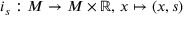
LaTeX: i _ { s } : M \to M \times \mathbb { R } , \, x \mapsto ( x , s )